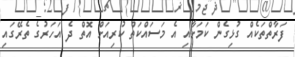
ފަރާތްތަކެއް ގުޅިގެން ކަމަށާއި އެ މަސައްކަތް ކުރިއަށް އޮތް ދެ އަހަރުގެ ތެރޭގައި